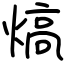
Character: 熇